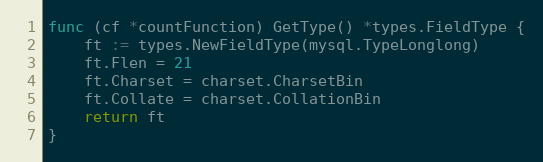
Language: Go
func (cf *countFunction) GetType() *types.FieldType {
	ft := types.NewFieldType(mysql.TypeLonglong)
	ft.Flen = 21
	ft.Charset = charset.CharsetBin
	ft.Collate = charset.CollationBin
	return ft
}